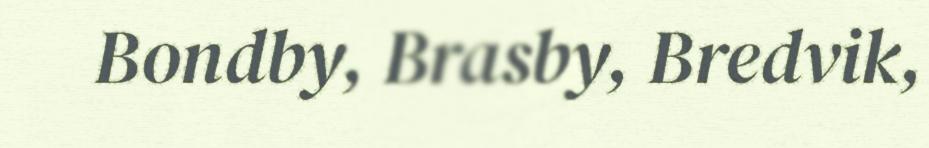
Bondby, Brasby, Bredvik,